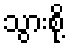
သွားစို့